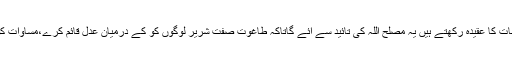
یہ سب اس بات کا عقیدہ رکھتے ہیں یہ مصلح اللہ کی تائید سے آئے گاتاکہ طاغوت صفت شریر لوگوں کو کے درمیان عدل قائم کرے،مساوات کو نافذ کرے۔